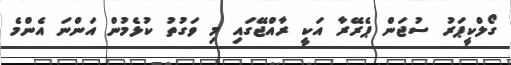
ގޯލްކީޕަރު ސުޖަން ޕެރޭރާ އަކީ ރާއްޖޭގައި މި ވަގުތު ކުޅެމުން އަންނަ އެންމެ